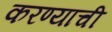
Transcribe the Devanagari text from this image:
करण्याची